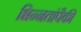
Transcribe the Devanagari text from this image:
भिन्नतांपैकी